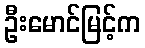
ဦးမောင်မြင့်က